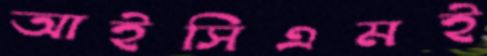
আইসিএমই